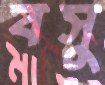
বসু